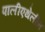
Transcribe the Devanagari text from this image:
पालीएथेलीन